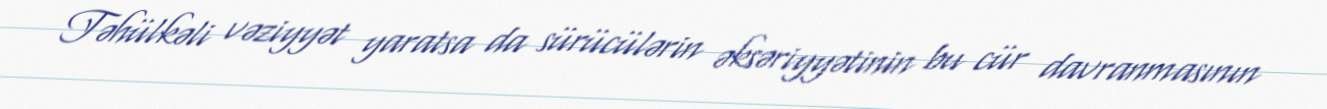
Təhülkəli vəziyyət yaratsa da sürücülərin əksəriyyətinin bu cür davranmasının